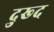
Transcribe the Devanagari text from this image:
दुख्द